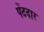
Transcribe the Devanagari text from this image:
पेंटदार